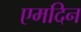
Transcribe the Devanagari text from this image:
एमदिन